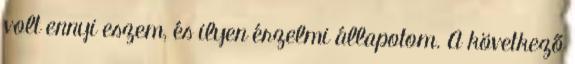
volt ennyi eszem, és ilyen érzelmi állapotom. A következő